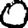
Digit: 0